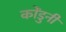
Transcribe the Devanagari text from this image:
कोंडुनी